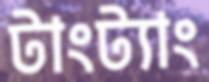
টাংট্যাং